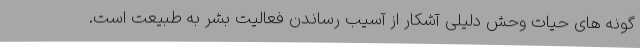
گونه های حیات وحش دلیلی آشکار از آسیب رساندن فعالیت بشر به طبیعت است.